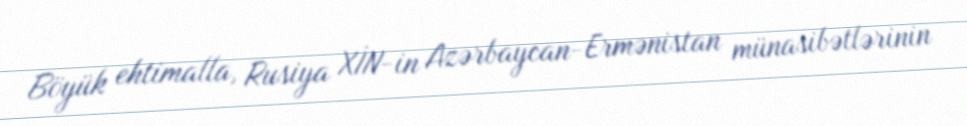
Böyük ehtimalla, Rusiya XİN-in Azərbaycan-Ermənistan münasibətlərinin